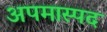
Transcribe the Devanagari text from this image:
अपमास्पद